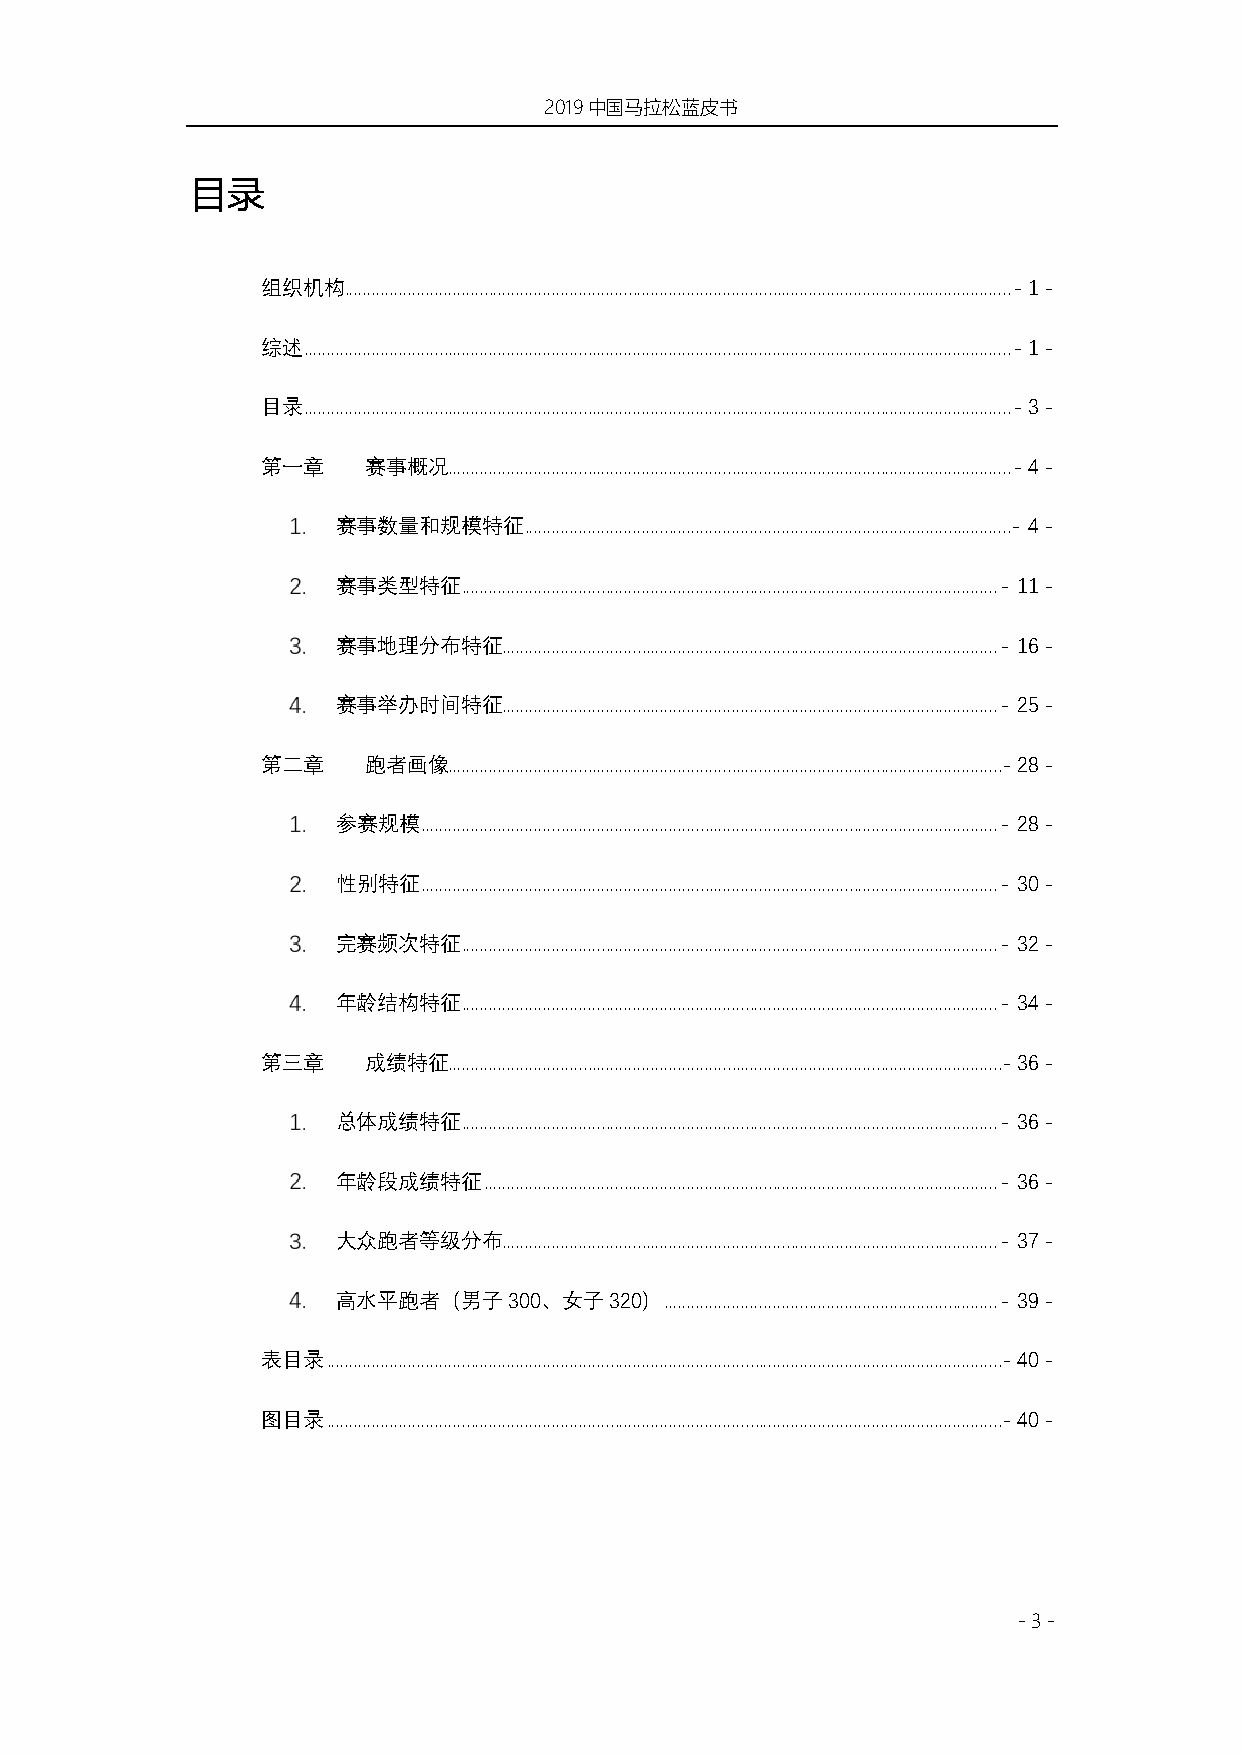
2019中国马拉松蓝皮书
 目录
 组织机构  .................................................................................................................................................... - 1 -
 综述 ............................................................................................................................................................. - 1 -
 目录 ............................................................................................................................................................. - 3 -
 第一章    赛事概况............................................................................................................................. - 4 -
 赛事数量和规模特征    ............................................................................................................- 4 -
 赛事类型特征   ....................................................................................................................... - 11 -
 赛事地理分布特征.............................................................................................................. - 16 -
 赛事举办时间特征.............................................................................................................. - 25 -
 第二章    跑者画像...........................................................................................................................- 28 -
 参赛规模  ................................................................................................................................ - 28 -
 性别特征  ................................................................................................................................ - 30 -
 完赛频次特征   ....................................................................................................................... - 32 -
 年龄结构特征   ....................................................................................................................... - 34 -
 第三章    成绩特征...........................................................................................................................- 36 -
 总体成绩特征   ....................................................................................................................... - 36 -
 年龄段成绩特征   .................................................................................................................. - 36 -
 大众跑者等级分布.............................................................................................................. - 37 -
 高水平跑者（男子300、女子320）    .......................................................................... - 39 -
 表目录  ......................................................................................................................................................- 40 -
 图目录  ......................................................................................................................................................- 40 -
 - 3 -